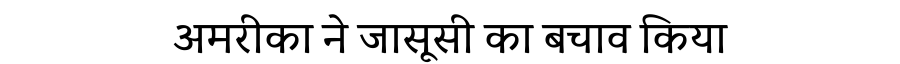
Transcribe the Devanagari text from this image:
अमरीका ने जासूसी का बचाव किया